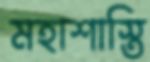
মহাশাস্তি